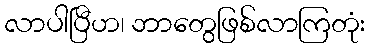
လာပါပြီဟ၊ ဘာတွေဖြစ်လာကြတုံး